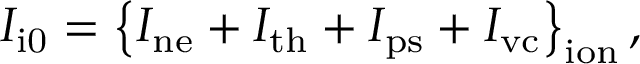
I _ { \mathrm { i 0 } } = \left\{ I _ { \mathrm { n e } } + I _ { \mathrm { t h } } + I _ { \mathrm { p s } } + I _ { \mathrm { v c } } \right\} _ { \mathrm { i o n } } ,